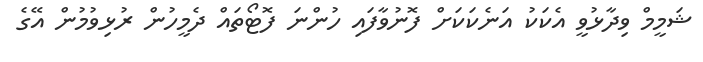
ޝަމީމް ވިދާޅުވީ އެކަކު އަނެކަކަށް ފޮނުވާފައި ހުންނަ ފޮޓޯތައް ދެމީހުން ރުޅިވުމުން އޭގެ